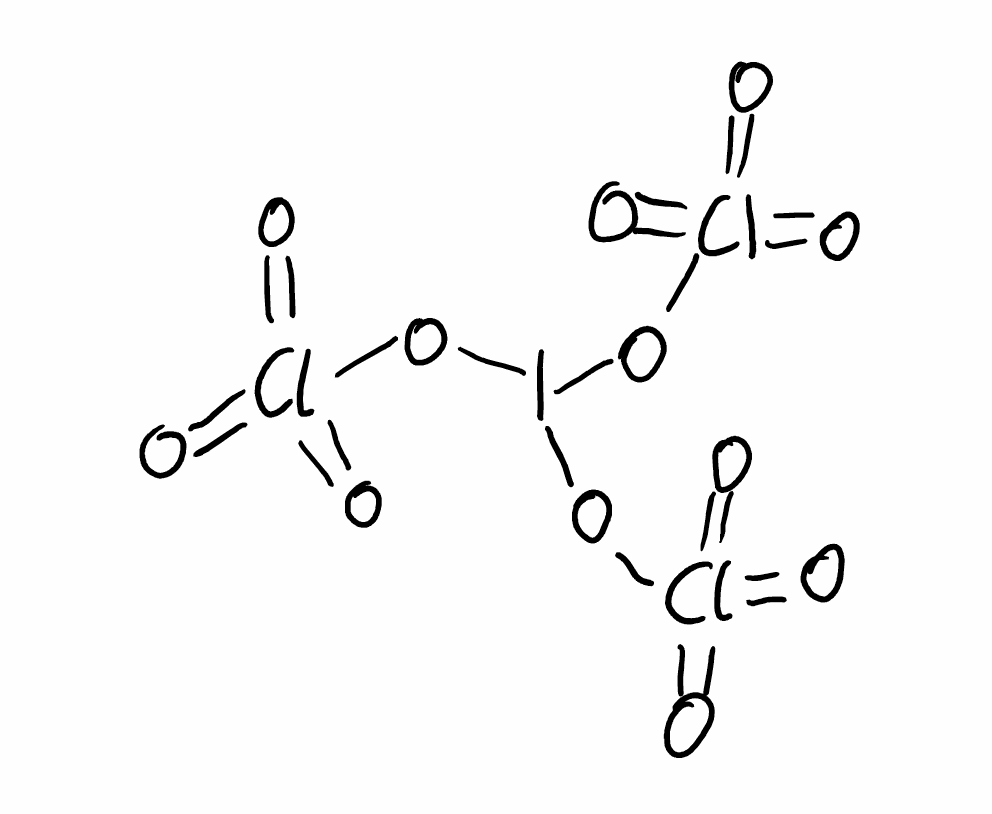
Simplified molecular-input line-entry system (SMILES) notation of the given molecule:
O=Cl(=O)(=O)OI(OCl(=O)(=O)=O)OCl(=O)(=O)=O